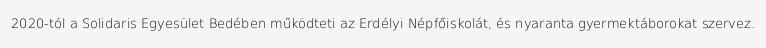
2020-tól a Solidaris Egyesület Bedében működteti az Erdélyi Népfőiskolát, és nyaranta gyermektáborokat szervez.